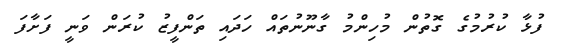
ފުޅާ ކުރުމުގެ ގޮތުން މުހިންމު ގާނޫނުތައް ހަދައި ތަންފީޒު ކުރަން ވަނީ ފަށާފަ